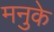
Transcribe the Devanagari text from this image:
मनुके